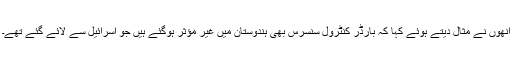
انھوں نے مثال دیتے ہوئے کہا کہ بارڈر کنٹرول سنسرس بھی ہندوستان میں غیر مؤثر ہوگئے ہیں جو اسرائیل سے لائے گئے تھے۔